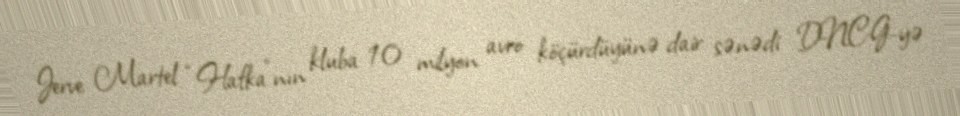
Jerve Martel “Hafka”nın kluba 10 milyon avro köçürdüyünə dair sənədi DNCG-yə